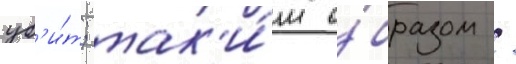
уб'и́т; так'и́м о́бразом /